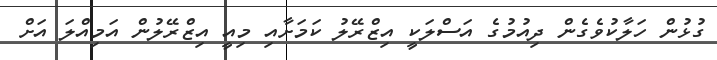
ގުޅުން ހަލާކުވެގެން ދިއުމުގެ އަސްލަކީ އިޒްރޭލު ކަމަށާއި މިއީ އިޒްރޭލުން އަމިއްލަ އަށް